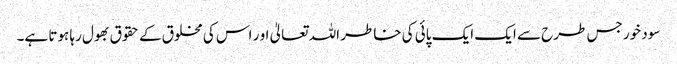
سود خور جس طرح سے ایک ایک پائی کی خاطر اللہ تعالیٰ او ر اس کی مخلوق کے حقوق بھول رہا ہوتا ہے۔